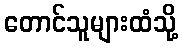
တောင်သူများထံသို့